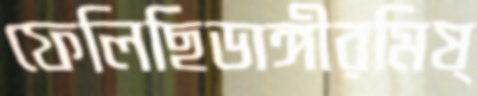
ফেলিছিডাঙ্গীরমিষ্